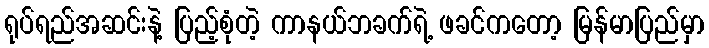
ရုပ်ရည်အဆင်းနဲ့ ပြည့်စုံတဲ့ ကာနယ်ဘခက်ရဲ့ ဖခင်ကတော့ မြန်မာပြည်မှာ